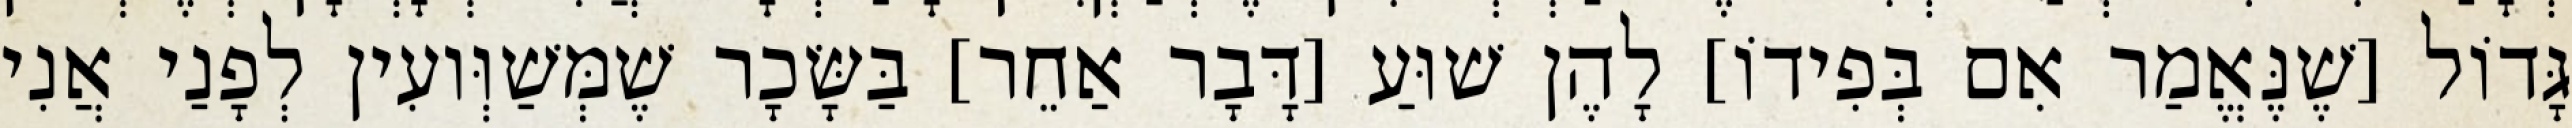
גָּדוֹל [שֶׁנֶּאֱמַר אִם בְּפִידוֹ] לָהֶן שׁוּעַ [דָּבָר אַחֵר] בַּשָּׂכָר שֶׁמְּשַׁוְּועִין לְפָנַי אֲנִי